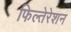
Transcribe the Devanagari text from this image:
फिल्तेरेशन